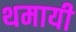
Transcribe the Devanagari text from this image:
थमायी